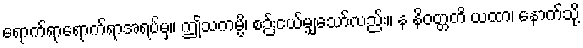
ရောက်ရာရောက်ရာအရပ်မှ။ ဤသကမ္ပိ၊ စဉ်းငယ်မျှသော်လည်း။ န နိဝတ္တတိ ယထာ၊ နောက်သို့